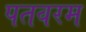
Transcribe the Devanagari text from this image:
पतवरम